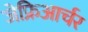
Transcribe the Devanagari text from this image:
जेफ्रिआर्चर